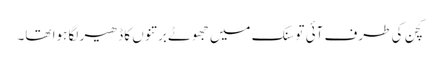
کچن کی طرف آئی تو سنک میں جھوٹے برتنوں کا ڈھیر لگا ہوا تھا۔